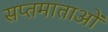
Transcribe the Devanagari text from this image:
सप्तमाताओं